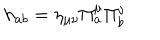
h _ { a b } = \eta _ { \mu \nu } \Pi _ { a } ^ { \mu } \Pi _ { b } ^ { \nu }